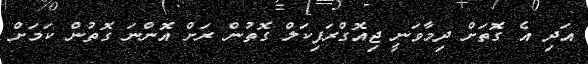
އަދި އެ ގޮތަށް ދިމާވަނީ ޖިއޮގްރަފިކަލް ގޮތުން ރަށް އޮންނަ ގޮތުން ކަމަށް